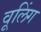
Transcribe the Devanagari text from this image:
वूलिंग